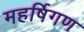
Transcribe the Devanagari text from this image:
महर्षिगण